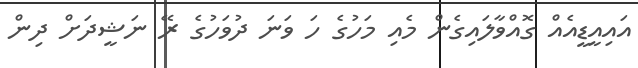
އައިއީޑީއެއް ގޮއްވާލައިގެން މެއި މަހުގެ ހަ ވަނަ ދުވަހުގެ ރޭ ނަޝީދަށް ދިން